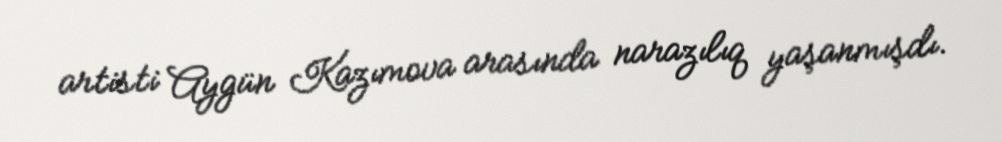
artisti Aygün Kazımova arasında narazılıq yaşanmışdı.